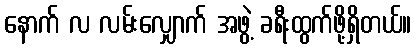
နောက် လ လမ်းလျှောက် အဖွဲ့ ခရီးထွက်ဖို့ရှိတယ်။